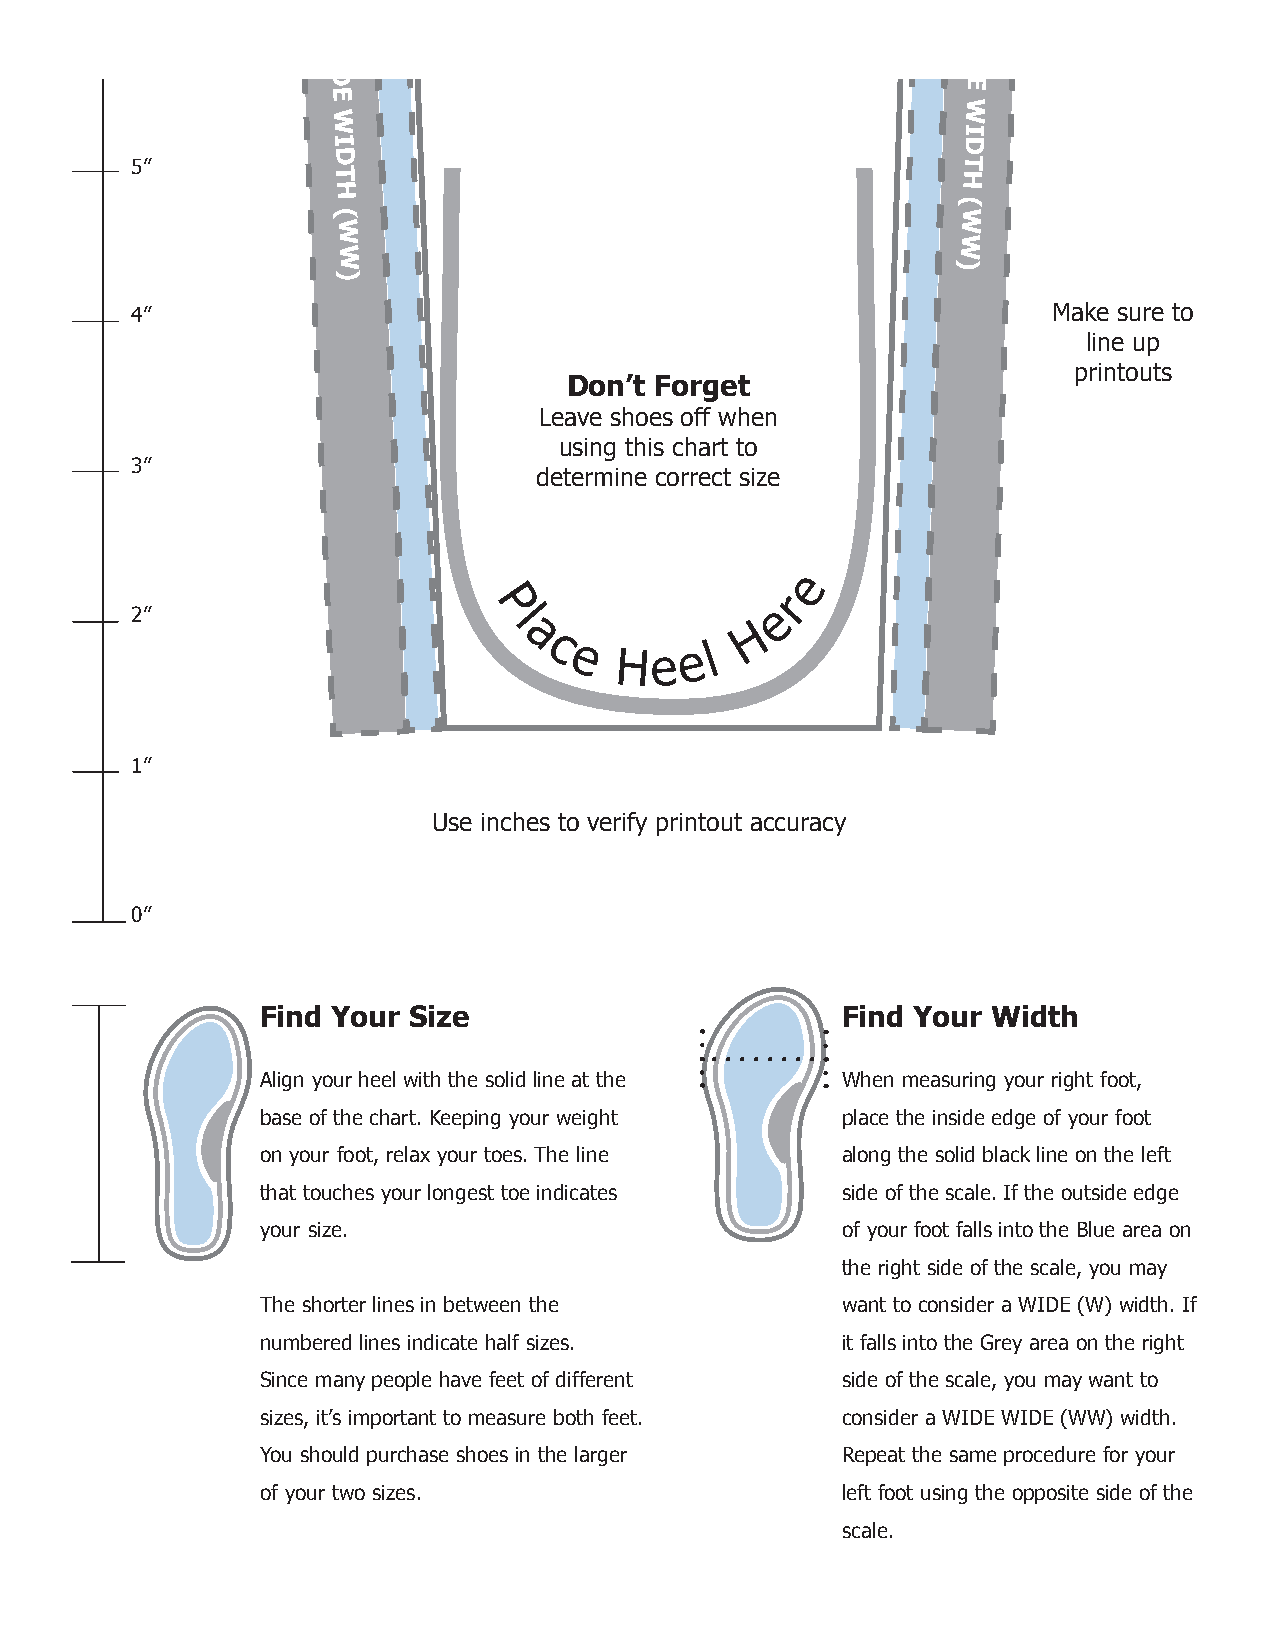
I
 F
 I
 F
 I
 F
 O
 UO
 FI
 UO
 O   U                                       T  T
 U   T                                       S  S
 T   S I                                     DI DI
 S   D                                       E
 I   E                                       E  E
 D   E                                       D  E
 E   D
 G
 EG D
 E   E                                      O   G
 D   O                                      F   E
 G
 E
 F
 L E
 GIR FO
 O   F T                                    TH R
 F  F                                      F  I
 L  O                                      O  G
 E  O                                      O  H
 F T
 F
 O
 T F A
 L L
 S
 SLLAF T OOF T
 O   I N                                   NI T
 T
 F
 T
 H
 HT AF
 A
 L
 L
 S I
 I S
 A
 R
 E A
 AERA
 SI
 NI
 SLL
 N
 T
 –
 C O                                   OC
 –
 HT
 H   N                                     N  I
 I   S                                     S  S
 S
 A
 R
 E
 A
 I D
 E
 R
 A
 W                                    W
 A
 REDI AERA
 –  I D                                  DI –
 C
 O
 E
 W                                   W
 E  OC
 N   I D                                 DI SN
 S
 I
 T H                                 HT DI
 D                             PLACE
 E
 E                             INSIDE       R
 R
 EDGE OF      A
 A
 Left FOOT    W
 W
 ALONG        I
 I                                          D
 D                             THIS LINE
 E
 6”          E
 W
 W
 I
 I                                         D
 D
 E
 E
 W
 W
 I
 I                                         D
 D
 5”                                                     T
 T                                        H
 H
 (
 (                                        W
 W
 W
 W
 )
 )
 4”                                                           Make sure to
 line up
 printouts
 Don’t Forget
 Leave shoes off when
 using this chart to
 3”
 determine correct size
 e
 r
 2”                     P l                e
 H
 a
 c e  He  e l
 1”
 Use inches to verify printout accuracy
 0”
 Find Your Size                         Find Your Width
 Align your heel with the solid line at the When measuring your right foot,
 base of the chart. Keeping your weight place the inside edge of your foot
 on your foot, relax your toes. The line along the solid black line on the left
 that touches your longest toe indicates side of the scale. If the outside edge
 your size.                             of your foot falls into the Blue area on
 the right side of the scale, you may
 The shorter lines in between the       want to consider a WIDE (W) width. If
 numbered lines indicate half sizes.    it falls into the Grey area on the right
 Since many people have feet of different side of the scale, you may want to
 sizes, it’s important to measure both feet. consider a WIDE WIDE (WW) width.
 You should purchase shoes in the larger Repeat the same procedure for your
 of your two sizes.                     left foot using the opposite side of the
 scale.